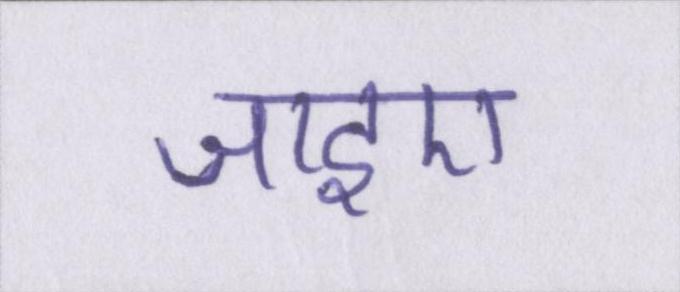
जाइए